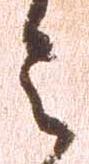
令